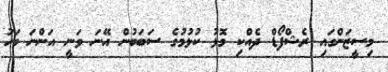
މިސީޒަންގައި ރެޝްފޯޑް ދެއްކި މޮޅު ކުޅުމުގެ ސަބަބުން އޭނަ ވަނީ އަންނަ މަހު